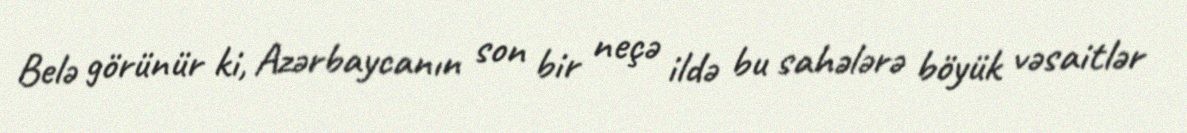
Belə görünür ki, Azərbaycanın son bir neçə ildə bu sahələrə böyük vəsaitlər